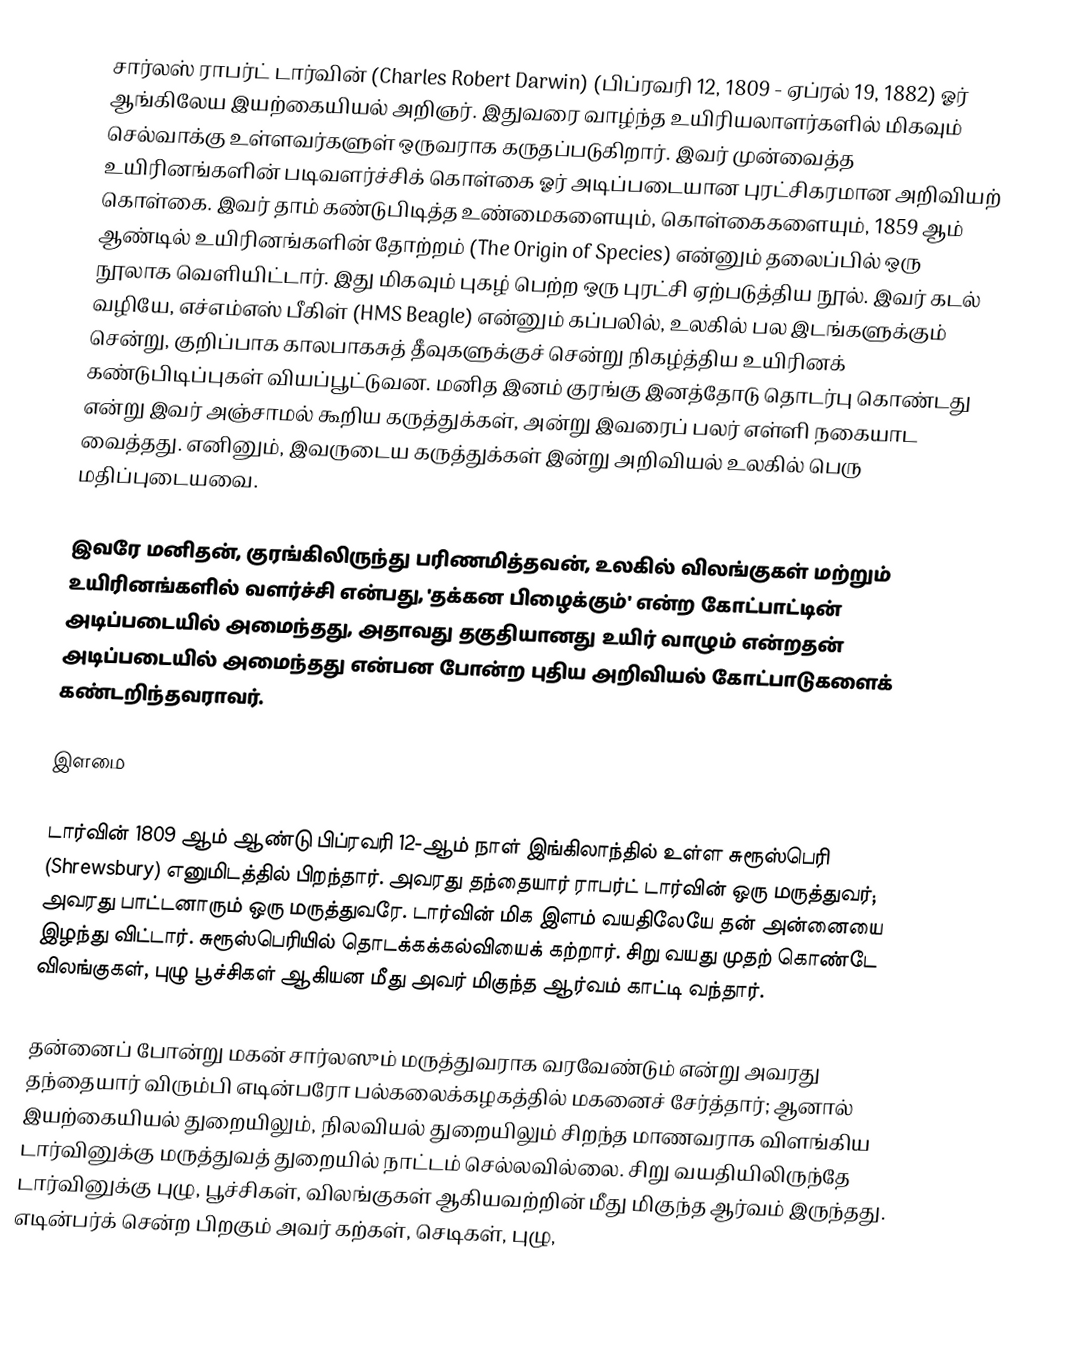
சார்லஸ் ராபர்ட் டார்வின் (Charles Robert Darwin) (பிப்ரவரி 12, 1809 - ஏப்ரல் 19, 1882) ஓர் ஆங்கிலேய இயற்கையியல் அறிஞர்.  இதுவரை வாழ்ந்த உயிரியலாளர்களில் மிகவும் செல்வாக்கு உள்ளவர்களுள் ஒருவராக கருதப்படுகிறார். இவர் முன்வைத்த உயிரினங்களின் படிவளர்ச்சிக் கொள்கை  ஓர் அடிப்படையான புரட்சிகரமான அறிவியற் கொள்கை.  இவர் தாம் கண்டுபிடித்த உண்மைகளையும், கொள்கைகளையும், 1859 ஆம் ஆண்டில் உயிரினங்களின் தோற்றம் (The Origin of Species) என்னும் தலைப்பில் ஒரு நூலாக வெளியிட்டார். இது மிகவும் புகழ் பெற்ற ஒரு புரட்சி ஏற்படுத்திய நூல். இவர் கடல் வழியே, எச்எம்எஸ் பீகிள் (HMS Beagle) என்னும் கப்பலில், உலகில் பல இடங்களுக்கும் சென்று, குறிப்பாக காலபாகசுத் தீவுகளுக்குச் சென்று நிகழ்த்திய உயிரினக் கண்டுபிடிப்புகள் வியப்பூட்டுவன. மனித இனம் குரங்கு இனத்தோடு தொடர்பு கொண்டது என்று இவர் அஞ்சாமல் கூறிய கருத்துக்கள், அன்று இவரைப் பலர் எள்ளி நகையாட வைத்தது. எனினும், இவருடைய கருத்துக்கள் இன்று அறிவியல் உலகில் பெரு மதிப்புடையவை.

இவரே மனிதன், குரங்கிலிருந்து பரிணமித்தவன், உலகில் விலங்குகள் மற்றும் உயிரினங்களில் வளர்ச்சி என்பது, 'தக்கன பிழைக்கும்' என்ற கோட்பாட்டின் அடிப்படையில் அமைந்தது, அதாவது தகுதியானது உயிர் வாழும் என்றதன் அடிப்படையில் அமைந்தது என்பன போன்ற புதிய அறிவியல் கோட்பாடுகளைக் கண்டறிந்தவராவர்.

இளமை

டார்வின் 1809 ஆம் ஆண்டு  பிப்ரவரி 12-ஆம் நாள் இங்கிலாந்தில் உள்ள சுரூஸ்பெரி (Shrewsbury) எனுமிடத்தில் பிறந்தார்.  அவரது தந்தையார் ராபர்ட் டார்வின் ஒரு மருத்துவர்; அவரது பாட்டனாரும் ஒரு மருத்துவரே. டார்வின் மிக இளம் வயதிலேயே தன் அன்னையை இழந்து விட்டார். சுரூஸ்பெரியில் தொடக்கக்கல்வியைக் கற்றார். சிறு வயது முதற் கொண்டே விலங்குகள், புழு பூச்சிகள் ஆகியன மீது அவர் மிகுந்த ஆர்வம் காட்டி வந்தார்.

தன்னைப் போன்று மகன் சார்லஸும் மருத்துவராக வரவேண்டும் என்று அவரது தந்தையார் விரும்பி எடின்பரோ பல்கலைக்கழகத்தில் மகனைச் சேர்த்தார்; ஆனால்  இயற்கையியல் துறையிலும், நிலவியல் துறையிலும் சிறந்த மாணவராக விளங்கிய டார்வினுக்கு மருத்துவத் துறையில் நாட்டம் செல்லவில்லை. சிறு வயதியிலிருந்தே டார்வினுக்கு புழு, பூச்சிகள், விலங்குகள் ஆகியவற்றின் மீது மிகுந்த ஆர்வம் இருந்தது. எடின்பர்க் சென்ற பிறகும் அவர் கற்கள், செடிகள், புழு,